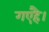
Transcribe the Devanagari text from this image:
गएहै।